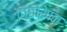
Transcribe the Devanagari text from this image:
छिछोरेपन